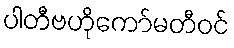
ပါတီဗဟိုကော်မတီဝင်